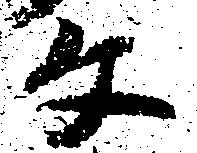
文